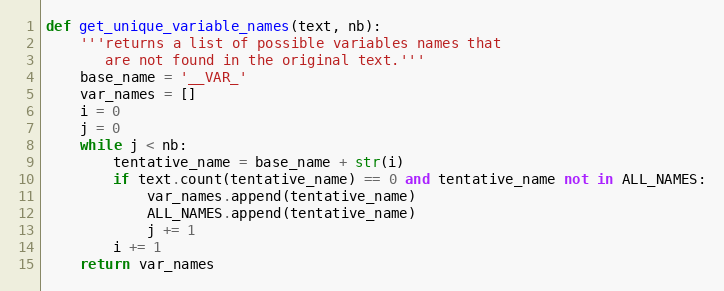
Language: Python
def get_unique_variable_names(text, nb):
    '''returns a list of possible variables names that
       are not found in the original text.'''
    base_name = '__VAR_'
    var_names = []
    i = 0
    j = 0
    while j < nb:
        tentative_name = base_name + str(i)
        if text.count(tentative_name) == 0 and tentative_name not in ALL_NAMES:
            var_names.append(tentative_name)
            ALL_NAMES.append(tentative_name)
            j += 1
        i += 1
    return var_names